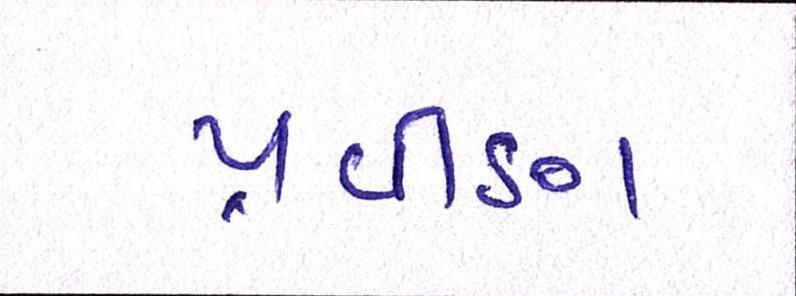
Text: પ્રવીણ